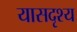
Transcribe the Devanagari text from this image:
यासदृश्य